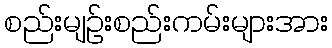
စည်းမျဉ်းစည်းကမ်းများအား